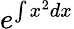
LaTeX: e^{\int x^{2}dx}